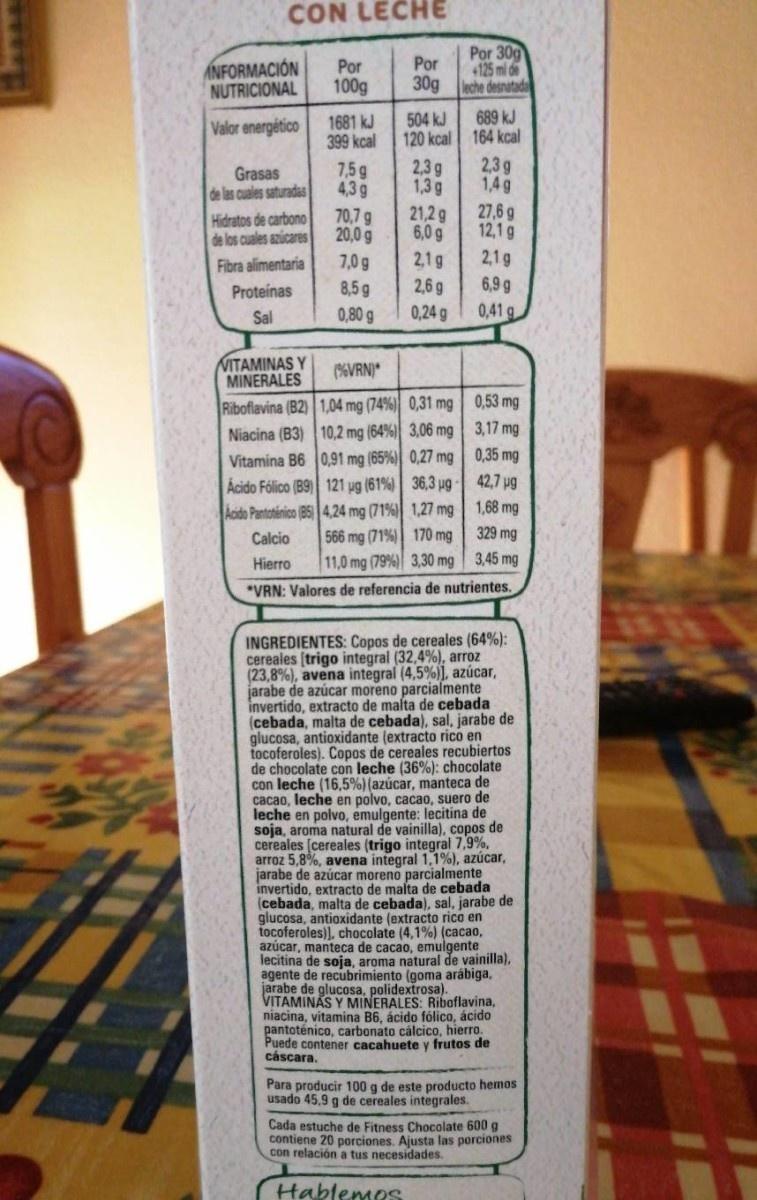
CON LECHE
Por 30g 4125 ml de 30g eche desnutada
Por
ANFORMACIÓN NUTRICIONAL
Por
100g
504 kJ
689 kJ
Valor energético
1681 kJ 399 kcal
120 kcal 164 kcal
2,3g 1,4 g 27,6 g 12,1 g
7,5g 4,3g
2,3g 1,3g
Grasas de las cuales saturadas Hidratos de carbono de los cuales azúcares Fibra alimentaria
70,7 g 20,0 g
21,2 g 6,0 g
7,0 g 8,5g 0,80 g
2,1 g 2,6 g 0,24 g
2,1g 6,9 g 0,41 g
Proteínas
Sal
VITAMINAS Y MINERALES
(%6VRN)*
Riboflavina (B2) 1,04 mg (74%) 0,31 mg 0,53 mg Niacina (B3) 10,2 mg (64%) 3,06 mg 3,17 mg Vitamina B6 0,91 mg (65%) 0,27 mg 0,35 mg Acido Fólico (B9) 121 ug (61%) 36,3 ug 42,7 pg Aoido Pantoténico (B5 4.24 mg (71%) 1,27 mg 1,68 mg 566 mg (71%) 170 mg 11,0 mg (79%) 3,30 mg 3,45 mg
329 mg
Calcio
Hierro
*VRN: Valores de referencia de nutrientes.
INGREDIENTES: Copos de cereales (64%): cereales (trigo integral (32,4%), arroz (23,8%), avena integral (4,5%)), azúcar, jarabe de azúcar moreno parcialmente invertido, extracto de malta de cebada (cebada, malta de cebada), sal, jarabe de glucosa, antioxidante (extracto rico en tocoferoles). Copos de cereales recubiertos de chocolate con leche (36%): chocolate con leche (16,5%)(azúcar, manteca de cacao, leche en polvo, cacao, suero de leche en polvo, emulgente: lecitina de soja, aroma natural de vainilla), copos de cereales (cereales (trigo integral 7,9%, arroz 5,8%, avena integral 1,1%), azúcar, jarabe de azúcar moreno parcialmente invertido, extracto de malta de cebada (cebada, malta de cebada), sal, jarabe de glucosa, antioxidante (extracto rico en tocoferoles)), chocolate (4,1%) (cacao, azúcar, manteca de cacao, emulgente lecitina de soja, aroma natural de vainilla), agente de recubrimiento (goma arábiga, jarabe de glucosa, polidextrosa). VITAMINAS Y MINERALES: Riboflavina, niacina, vitamina B6, ácido fólico, ácido pantoténico, carbonato cálcico, hierro. Puede contener cacahuete y frutos de cáscara.
Para producir 100 g de este producto hemos usado 45,9 g de cereales integrales.
Cada estuche de Fitness Chocolate 600 g contiene 20 porciones. Ajusta las porciones con relación a tus necesidades.
Hablemes